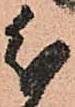
分